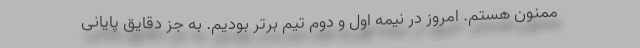
ممنون هستم. امروز در نیمه اول و دوم تیم برتر بودیم. به جز دقایق پایانی